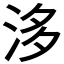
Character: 𣴙